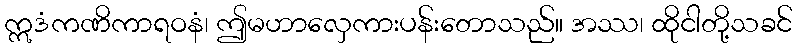
ဣဒံကဏိကာရဝနံ၊ ဤမဟာလှေကားပန်းတောသည်။ အဿ၊ ထိုငါတို့သခင်